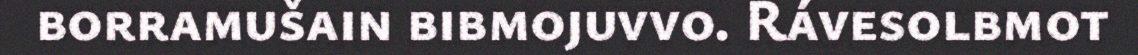
borramušain bibmojuvvo. Rávesolbmot